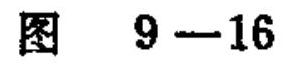
图\(9 - 16\)